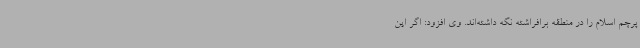
پرچم اسلام را در منطقه برافراشته نگه داشته‌اند. وی افزود: اگر این